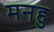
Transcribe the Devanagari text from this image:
मनहु